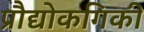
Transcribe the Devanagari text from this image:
प्रौद्योकगिकी